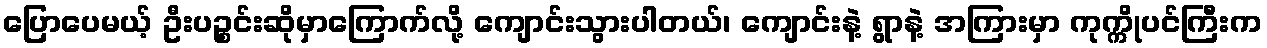
ပြောပေမယ့် ဦးပဉ္စင်းဆိုမှာကြောက်လို့ ကျောင်းသွားပါတယ်၊ ကျောင်းနဲ့ ရွာနဲ့ အကြားမှာ ကုက္ကိုပင်ကြီးက